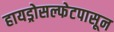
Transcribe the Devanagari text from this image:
हायड्रोसल्फेटपासून